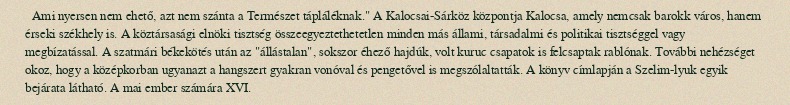
Ami nyersen nem ehető, azt nem szánta a Természet tápláléknak." A Kalocsai-Sárköz központja Kalocsa, amely nemcsak barokk város, hanem érseki székhely is. A köztársasági elnöki tisztség összeegyeztethetetlen minden más állami, társadalmi és politikai tisztséggel vagy megbízatással. A szatmári békekötés után az "állástalan", sokszor éhező hajdúk, volt kuruc csapatok is felcsaptak rablónak. További nehézséget okoz, hogy a középkorban ugyanazt a hangszert gyakran vonóval és pengetővel is megszólaltatták. A könyv címlapján a Szelim-lyuk egyik bejárata látható. A mai ember számára XVI.